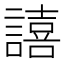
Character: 譆